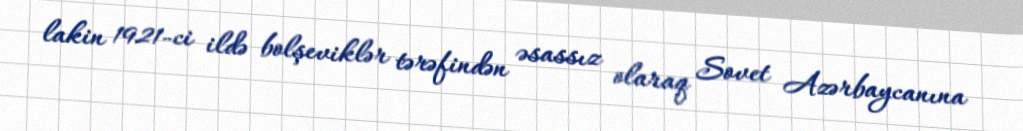
lakin 1921-ci ildə bolşeviklər tərəfindən əsassız olaraq Sovet Azərbaycanına